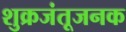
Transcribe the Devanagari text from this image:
शुक्रजंतूजनक